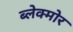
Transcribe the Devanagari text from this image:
ब्लेक्मोर